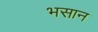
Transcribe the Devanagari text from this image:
भसान